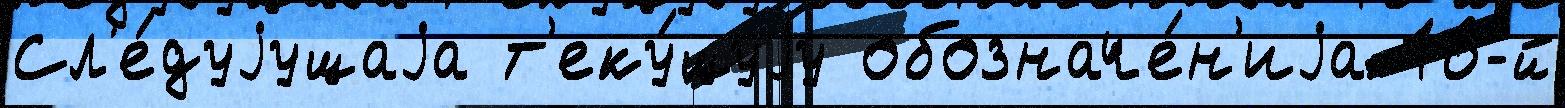
Сл'е́дуjущаjа т'еку́щуjу обозначе́н'иjа 16-й